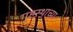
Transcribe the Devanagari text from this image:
गृ्हस्थाच्या